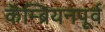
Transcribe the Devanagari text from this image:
कॅम्ब्रियनपूर्व